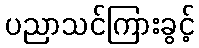
ပညာသင်ကြားခွင့်